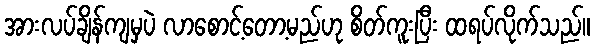
အားလပ်ချိန်ကျမှပဲ လာစောင့်တော့မည်ဟု စိတ်ကူးပြီး ထရပ်လိုက်သည်။